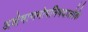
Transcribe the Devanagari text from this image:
अशेषागमोपनिषदालोके